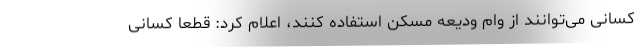
کسانی می‌توانند از وام ودیعه مسکن استفاده کنند، اعلام کرد: قطعا کسانی